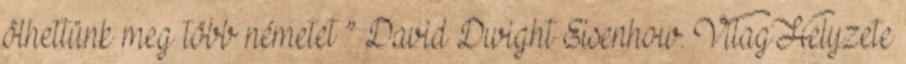
ölhettünk meg több németet ” David Dwight Eisenhow. VilagHelyzete